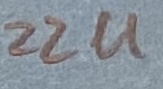
Text: 22u